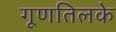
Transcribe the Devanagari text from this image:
गूणतिलके